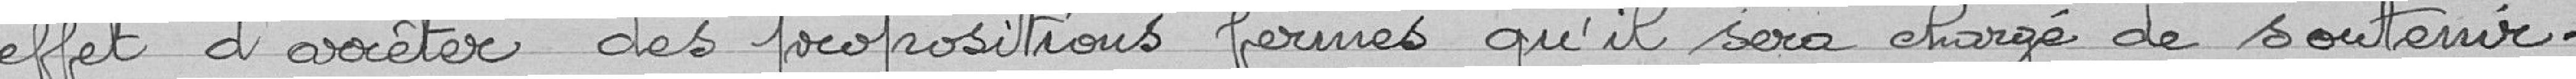
effet d'arrêter des propositions fermes qu'il sera chargé de soutenir.